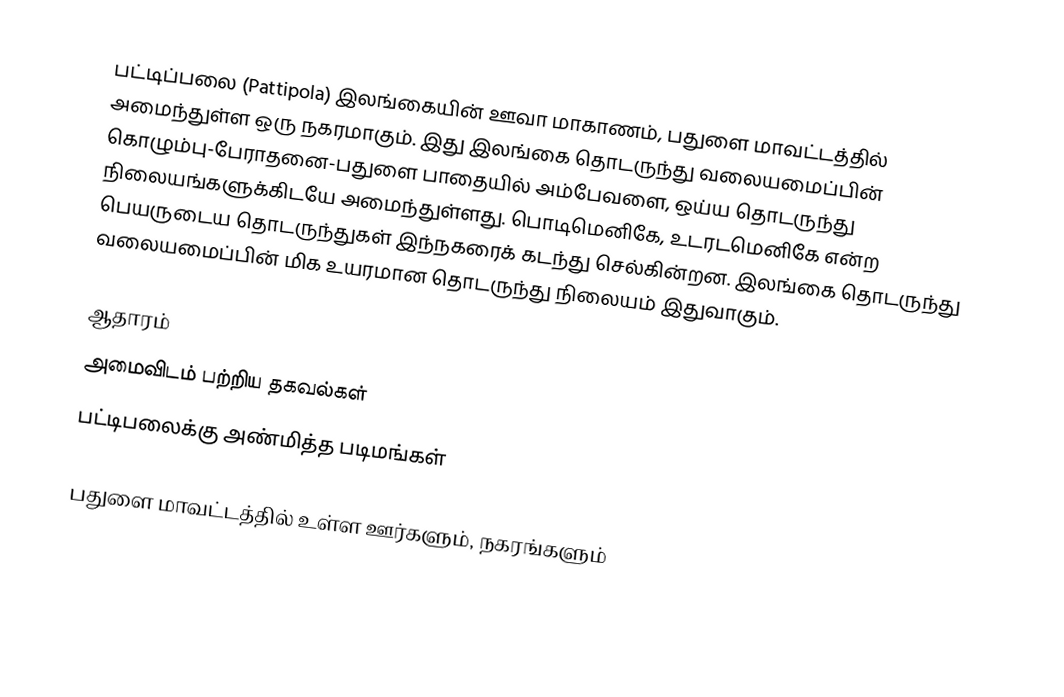
பட்டிப்பலை (Pattipola) இலங்கையின்  ஊவா மாகாணம், பதுளை மாவட்டத்தில் அமைந்துள்ள ஒரு நகரமாகும். இது இலங்கை தொடருந்து வலையமைப்பின் கொழும்பு-பேராதனை-பதுளை பாதையில் அம்பேவளை, ஒய்ய தொடருந்து நிலையங்களுக்கிடயே அமைந்துள்ளது. பொடிமெனிகே, உடரடமெனிகே என்ற பெயருடைய தொடருந்துகள் இந்நகரைக் கடந்து செல்கின்றன. இலங்கை தொடருந்து வலையமைப்பின் மிக உயரமான தொடருந்து நிலையம் இதுவாகும்.

ஆதாரம்
அமைவிடம் பற்றிய தகவல்கள்
பட்டிபலைக்கு அண்மித்த படிமங்கள்

பதுளை மாவட்டத்தில் உள்ள ஊர்களும், நகரங்களும்